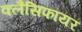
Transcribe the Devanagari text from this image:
क्लैसिफायर